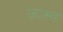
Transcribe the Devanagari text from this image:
जास्व